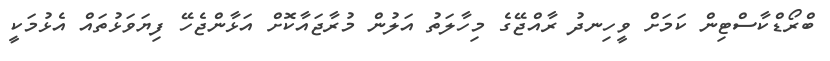
ބްރޯޑްކާސްޓިން ކަމަށް ވީހިނދު ރާއްޖޭގެ މިހާލަތު އަލުން މުރާޖައާކޮށް އަޅާންޖެހޭ ފިޔަވަޅުތައް އެޅުމަކީ